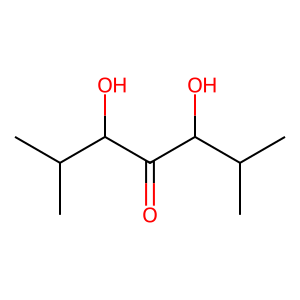
SMILES: CC(C)C(O)C(=O)C(O)C(C)C
Inhibits HIV replication: No